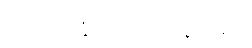
ထုတ်ပြန်ကြေညာခဲ့သည့်